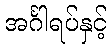
အင်္ဂါရပ်နှင့်